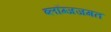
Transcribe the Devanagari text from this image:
ब्लॉग्जजगत